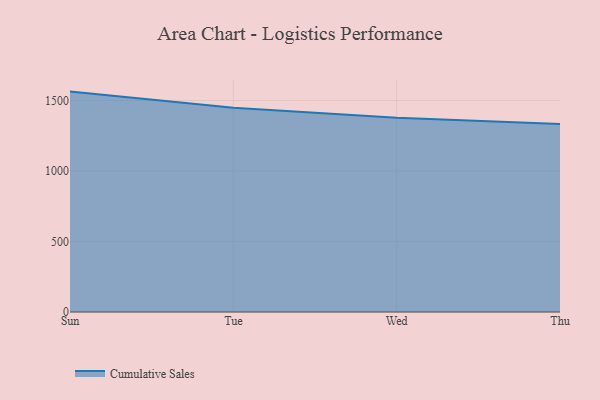
{"axis": {"x": "Day", "y": "Production Output"}, "legend": ["Cumulative Sales"], "data": [{"x": "Sun", "y": 1563.1, "type": "Cumulative Sales"}, {"x": "Tue", "y": 1449.0, "type": "Cumulative Sales"}, {"x": "Wed", "y": 1376.8, "type": "Cumulative Sales"}, {"x": "Thu", "y": 1333.6, "type": "Cumulative Sales"}]}